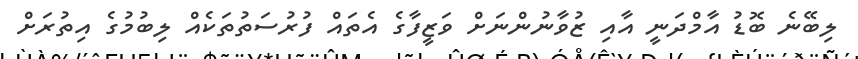
ލިބޭނެ ބޮޑު އާމްދަނީ އާއި ޒުވާނުންނަށް ވަޒީފާގެ އެތައް ފުރުސަތުތަކެއް ލިބުމުގެ އިތުރަށް